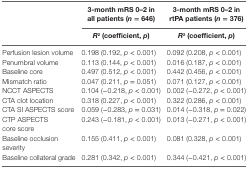
| <ROWSPAN=3>  | 3-month mRS 0–2 in all patients (n = 646) | 3-month mRS 0–2 in rtPA patients (n = 376) |
 | R2 (coefficient, p) | R2 (coefficient, p) |
 | --- | --- | --- |
 | Perfusion lesion volume | 0.198 (0.192, p < 0.001) | 0.092 (0.208, p < 0.001) |
 | Penumbral volume | 0.113 (0.144, p < 0.001) | 0.016 (0.187, p < 0.001) |
 | Baseline core | 0.497 (0.512, p < 0.001) | 0.442 (0.456, p < 0.001) |
 | Mismatch ratio | 0.047 (0.211, p = 0.051) | 0.071 (0.127, p < 0.001) |
 | NCCT ASPECTS | 0.104 (−0.218, p < 0.001) | 0.002 (−0.272, p < 0.001) |
 | CTA clot location | 0.318 (0.227, p < 0.001) | 0.322 (0.286, p < 0.001) |
 | CTA SI ASPECTS score | 0.059 (−0.283, p = 0.031) | 0.014 (−0.318, p = 0.022) |
 | CTP ASPECTS core score | 0.243 (−0.181, p < 0.001) | 0.013 (−0.271, p < 0.001) |
 | Baseline occlusion severity | 0.155 (0.411, p < 0.001) | 0.081 (0.328, p < 0.001) |
 | Baseline collateral grade | 0.281 (0.342, p < 0.001) | 0.344 (−0.421, p < 0.001) |